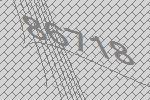
86718